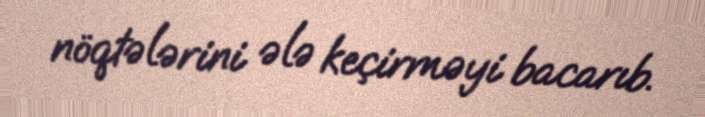
nöqtələrini ələ keçirməyi bacarıb.